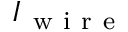
I _ { \mathrm { ~ w ~ i ~ r ~ e ~ } }